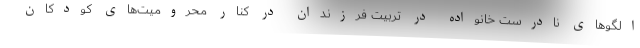
الگوهای نادرست خانواده در تربیت فرزندان در کنار محرومیت‌های کودکان